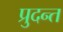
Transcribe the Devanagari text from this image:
प्रुदन्त